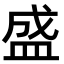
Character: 盛